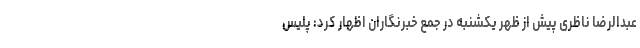
عبدالرضا ناظری پیش از ظهر یکشنبه در جمع خبرنگاران اظهار کرد: پلیس